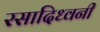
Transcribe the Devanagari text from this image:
रसादिध्वनी